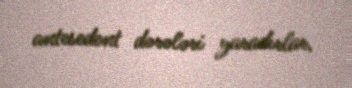
antesedent dərələri yaradırlar.